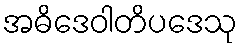
အဓိဒေဝါတိပဒေသု